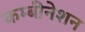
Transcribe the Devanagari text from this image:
कम्बीनेशन